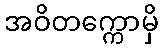
အဝိတက္ကောမှိ